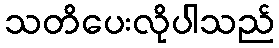
သတိပေးလိုပါသည်